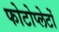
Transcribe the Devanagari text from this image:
फोटोप्लेटों